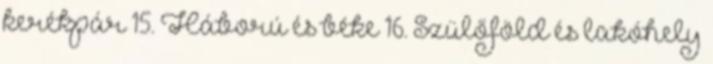
kerékpár 15. Háború és béke 16. Szülőföld és lakóhely